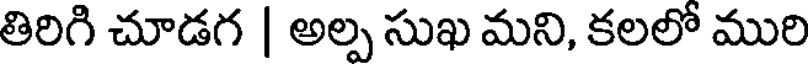
తిరిగి చూడగ | అల్ప సుఖ మని, కలలో మురి